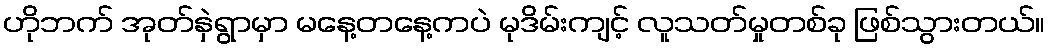
ဟိုဘက် အုတ်နှဲရွာမှာ မနေ့တနေ့ကပဲ မုဒိမ်းကျင့် လူသတ်မှုတစ်ခု ဖြစ်သွားတယ်။